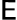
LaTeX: \mathsf{E}